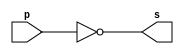
// ------------------------- 
// Exemplo0002 - NOT 
// Nome: Julio Miranda Machado
// ------------------------- 
// ------------------------- 
// -- not gate 
// ------------------------- 
module notgate (output s, 
input p); 
assign s = ~p; 
endmodule // notgate 
// ------------------------- 
// -- test not gate 
// ------------------------- 
module testnotgate; 
// ------------------------- dados locais 
reg r;  
// (variavel independente) 
wire s; // definir conexao (fio) 
// (variavel dependente ) 
// ------------------------- instancia 
notgate NOT1 (s, r); 
// ------------------------- preparacao 
initial begin:start 
r=0; 
end 
// ------------------------- parte principal 
initial begin 
$display("Exemplo0002 -Julio Miranda Machado - 435666-7"); 
$display("Test NOT gate"); 
$display("\n~a = s\n"); 
r=0; 
#1 $display("~%b = %b", r, s); 
r=1; 
#1 $display("~%b = %b", r, s); 
end 
endmodule // testnotgate